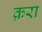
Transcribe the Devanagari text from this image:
क़रा